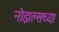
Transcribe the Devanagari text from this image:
नोझल्सच्या